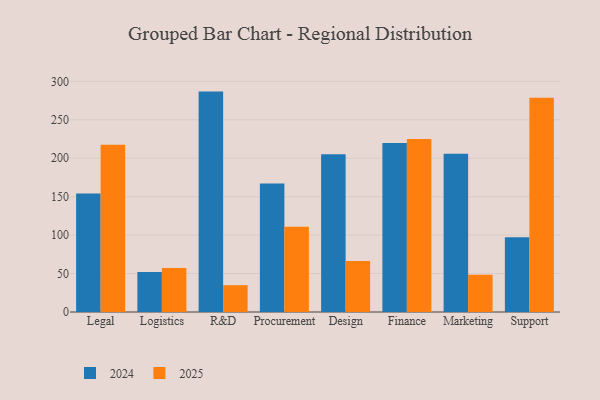
{"axis": {"x": "Department", "y": "Headcount"}, "legend": ["2024", "2025"], "data": [{"x": "Legal", "y": 217.7, "type": "2025"}, {"x": "Legal", "y": 154.1, "type": "2024"}, {"x": "Logistics", "y": 57.3, "type": "2025"}, {"x": "Logistics", "y": 52.1, "type": "2024"}, {"x": "R&D", "y": 34.9, "type": "2025"}, {"x": "R&D", "y": 286.7, "type": "2024"}, {"x": "Procurement", "y": 110.8, "type": "2025"}, {"x": "Procurement", "y": 167.0, "type": "2024"}, {"x": "Design", "y": 66.2, "type": "2025"}, {"x": "Design", "y": 205.2, "type": "2024"}, {"x": "Finance", "y": 225.2, "type": "2025"}, {"x": "Finance", "y": 219.8, "type": "2024"}, {"x": "Marketing", "y": 48.5, "type": "2025"}, {"x": "Marketing", "y": 205.7, "type": "2024"}, {"x": "Support", "y": 278.7, "type": "2025"}, {"x": "Support", "y": 97.1, "type": "2024"}]}